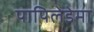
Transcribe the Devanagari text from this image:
पापिलेडेमा